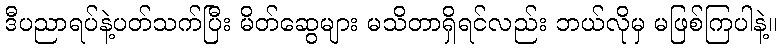
ဒီပညာရပ်နဲ့ပတ်သက်ပြီး မိတ်ဆွေများ မသိတာရှိရင်လည်း ဘယ်လိုမှ မဖြစ်ကြပါနဲ့။